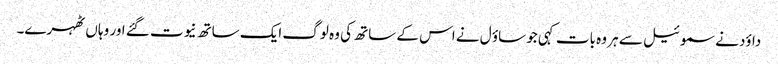
داؤد نے سموئیل سے ہر وہ بات کہی جو ساؤ ل نے اس کے ساتھ کی وہ لوگ ایک ساتھ نیوت گئے اور وہا ں ٹھہرے۔